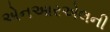
એનઆરએલની